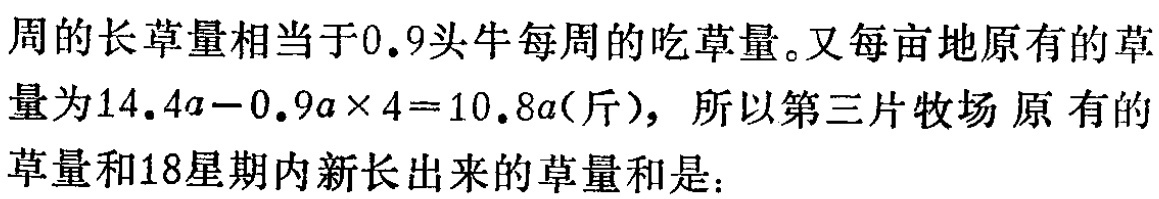
周的长草量相当于\(0.9\)头牛每周的吃草量。又每亩地原有的草量为\(14.4a - 0.9a\times4 = 10.8a\)（斤），所以第三片牧场原有的草量和\(18\)星期内新长出来的草量和是：